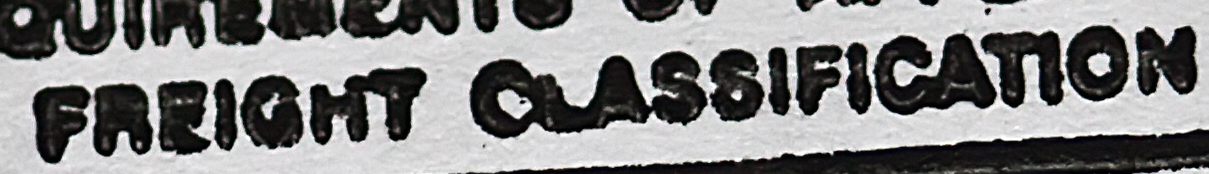
FREIGHT CLASSIFICATION